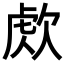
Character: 𣣕